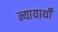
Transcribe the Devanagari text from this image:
न्यायार्थी